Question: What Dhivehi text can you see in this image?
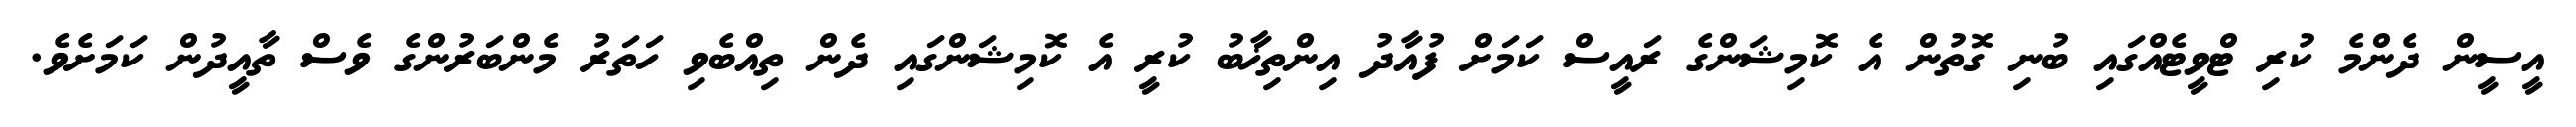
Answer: އީސީން ދެންމެ ކުރި ޓްވީޓެއްގައި ބުނި ގޮތުން އެ ކޮމިޝަންގެ ރައީސް ކަމަށް ފުއާދު އިންތިޚާބު ކުރީ އެ ކޮމިޝަންގައި ދެން ތިއްބެވި ހަތަރު މެންބަރުންގެ ވެސް ތާއީދުން ކަމަށެވެ.